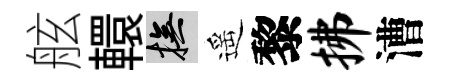
舷轘撫遥黎拂漕